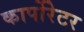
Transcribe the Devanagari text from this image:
कार्पोरेटर